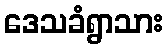
ဒေသခံရွာသား